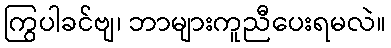
ကြွပါခင်ဗျ၊ ဘာများကူညီပေးရမလဲ။